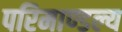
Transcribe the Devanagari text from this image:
परिमाण्डल्य